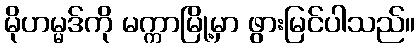
မိုဟမ္မဒ်ကို မက္ကာမြို့မှာ ဖွားမြင်ပါသည်။